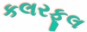
કલરફૂલ